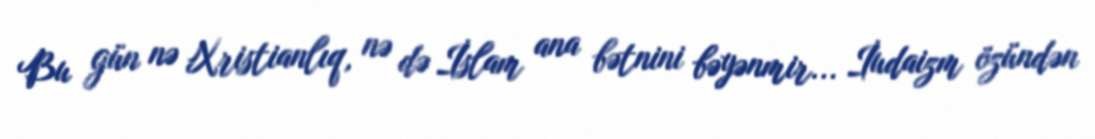
Bu gün nə Xristianlıq, nə də İslam ana bətnini bəyənmir... İudaizm özündən